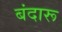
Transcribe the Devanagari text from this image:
बंदारू